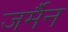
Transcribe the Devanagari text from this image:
जर्मैन